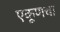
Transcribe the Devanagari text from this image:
एकूणचा